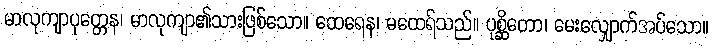
မာလုကျာပုတ္တေန၊ မာလုကျာ၏သားဖြစ်သော။ ထေရေန၊ မထေရ်သည်။ ပုစ္ဆိတော၊ မေးလျှောက်အပ်သော။